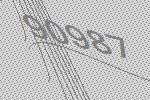
90987